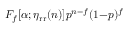
F _ { f } [ \alpha ; \eta _ { \mathrm { r r } } ( n ) ] p ^ { n - f } ( 1 { - } p ) ^ { f }